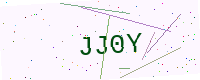
Text: JJ0Y